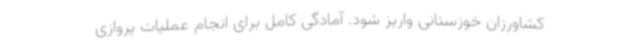
کشاورزان خوزستانی واریز شود. آمادگی کامل برای انجام عملیات پروازی